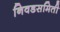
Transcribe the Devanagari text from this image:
निवडसमिती